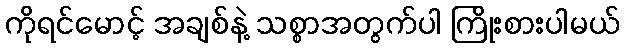
ကိုရင်မောင့် အချစ်နဲ့ သစ္စာအတွက်ပါ ကြိုးစားပါမယ်